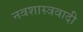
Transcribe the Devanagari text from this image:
नवशास्त्रवादी